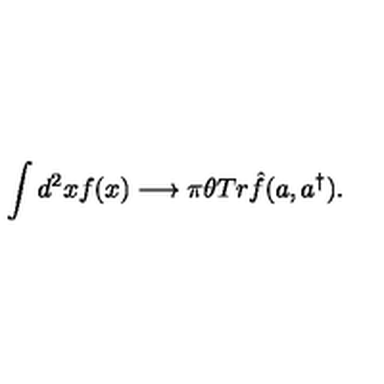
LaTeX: \int d ^ { 2 } x f ( x ) \longrightarrow \pi \theta T r \hat { f } ( a , a ^ { \dagger } ) .